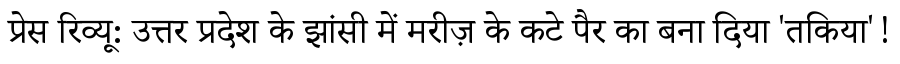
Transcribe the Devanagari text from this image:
प्रेस रिव्यू: उत्तर प्रदेश के झांसी में मरीज़ के कटे पैर का बना दिया 'तकिया'!